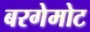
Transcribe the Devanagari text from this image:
बरगेमोट